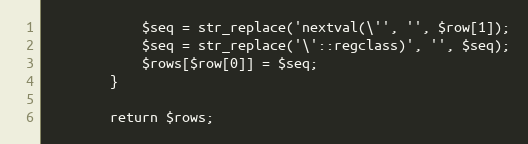
Language: PHP
            $seq = str_replace('nextval(\'', '', $row[1]);
            $seq = str_replace('\'::regclass)', '', $seq);
            $rows[$row[0]] = $seq;
        }

        return $rows;